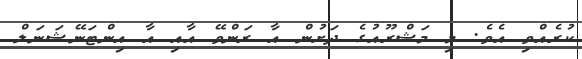
ކުރެއްވި އެވެ. މި މަޝްރޫއުގެ ދަށުން އާ ރަންވޭ އާއި އާ އިންޓަނޭޝަނަލް